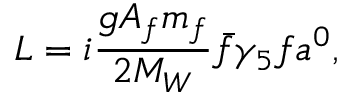
{ \cal L } = i \frac { g A _ { f } m _ { f } } { 2 M _ { W } } \bar { f } \gamma _ { 5 } f a ^ { 0 } ,